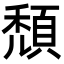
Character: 頹